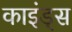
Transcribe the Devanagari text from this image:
काइंड्स